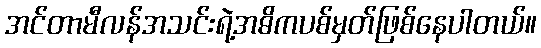
အင်တာမီလန်အသင်းရဲ့အဓိကပစ်မှတ်ဖြစ်နေပါတယ်။